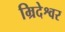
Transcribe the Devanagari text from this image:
म्रिदेश्वर